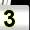
Digit: 3